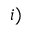
i )